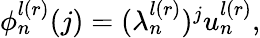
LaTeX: \begin{array}{r}{\phi_{n}^{l(r)}(j)=(\lambda_{n}^{l(r)})^{j}u_{n}^{l(r)},}\end{array}